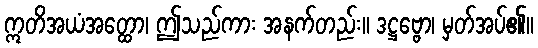
ဣတိအယံအတ္ထော၊ ဤသည်ကား အနက်တည်း။ ဒဋ္ဌဗ္ဗော၊ မှတ်အပ်၏။